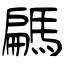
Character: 騗